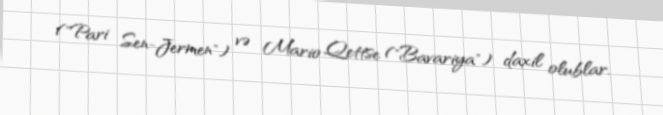
("Pari Sen-Jermen") və Mario Qettse ("Bavariya") daxil olublar.